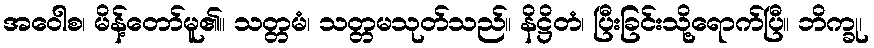
အဝေါစ၊ မိန့်တော်မူ၏။ သတ္တမံ၊ သတ္တမသုတ်သည်။ နိဋ္ဌိတံ၊ ပြီးခြင်းသို့ရောက်ပြီ။ ဘိက္ခု၊